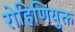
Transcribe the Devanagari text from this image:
रोहिणियुक्त